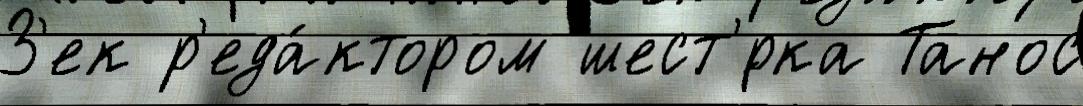
З'ек р'еда́ктором шест'́рка Танос